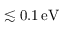
\lesssim 0 . 1 \, { \mathrm { e V } }